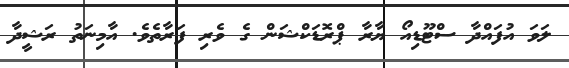
ލަވަ އުފައްދާ ސްޓޫޑިއޯ ޔާރާ ޕްރޮޑަކްޝަން ގެ ވެރި ފަރާތެވެ. އާމިނަތު ރަޝީދާ